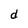
Character: d